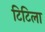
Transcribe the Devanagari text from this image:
टिटिला